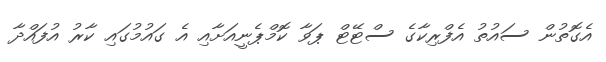
އެގޮތުން ސައުތު އެފްރިކާގެ ސްޓޭޓް ޕަވާ ކޮމްޕެނީއަށާއި އެ ގައުމުގައި ކާރު އުފައްދާ